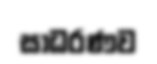
සාධරණව